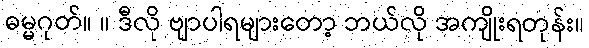
ဓမ္မဂုတ်။ ။ ဒီလို ဗျာပါရများတော့ ဘယ်လို အကျိုးရတုန်း။